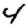
Digit: 4